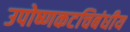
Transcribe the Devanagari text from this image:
उपोष्णकटचिबंधीय